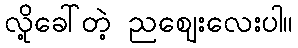
လို့ခေါ်တဲ့ ညဈေးလေးပါ။